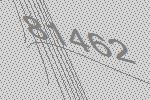
81462